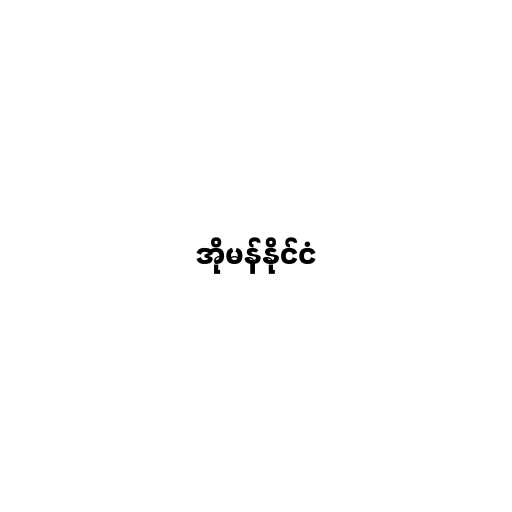
အိုမန်နိုင်ငံ